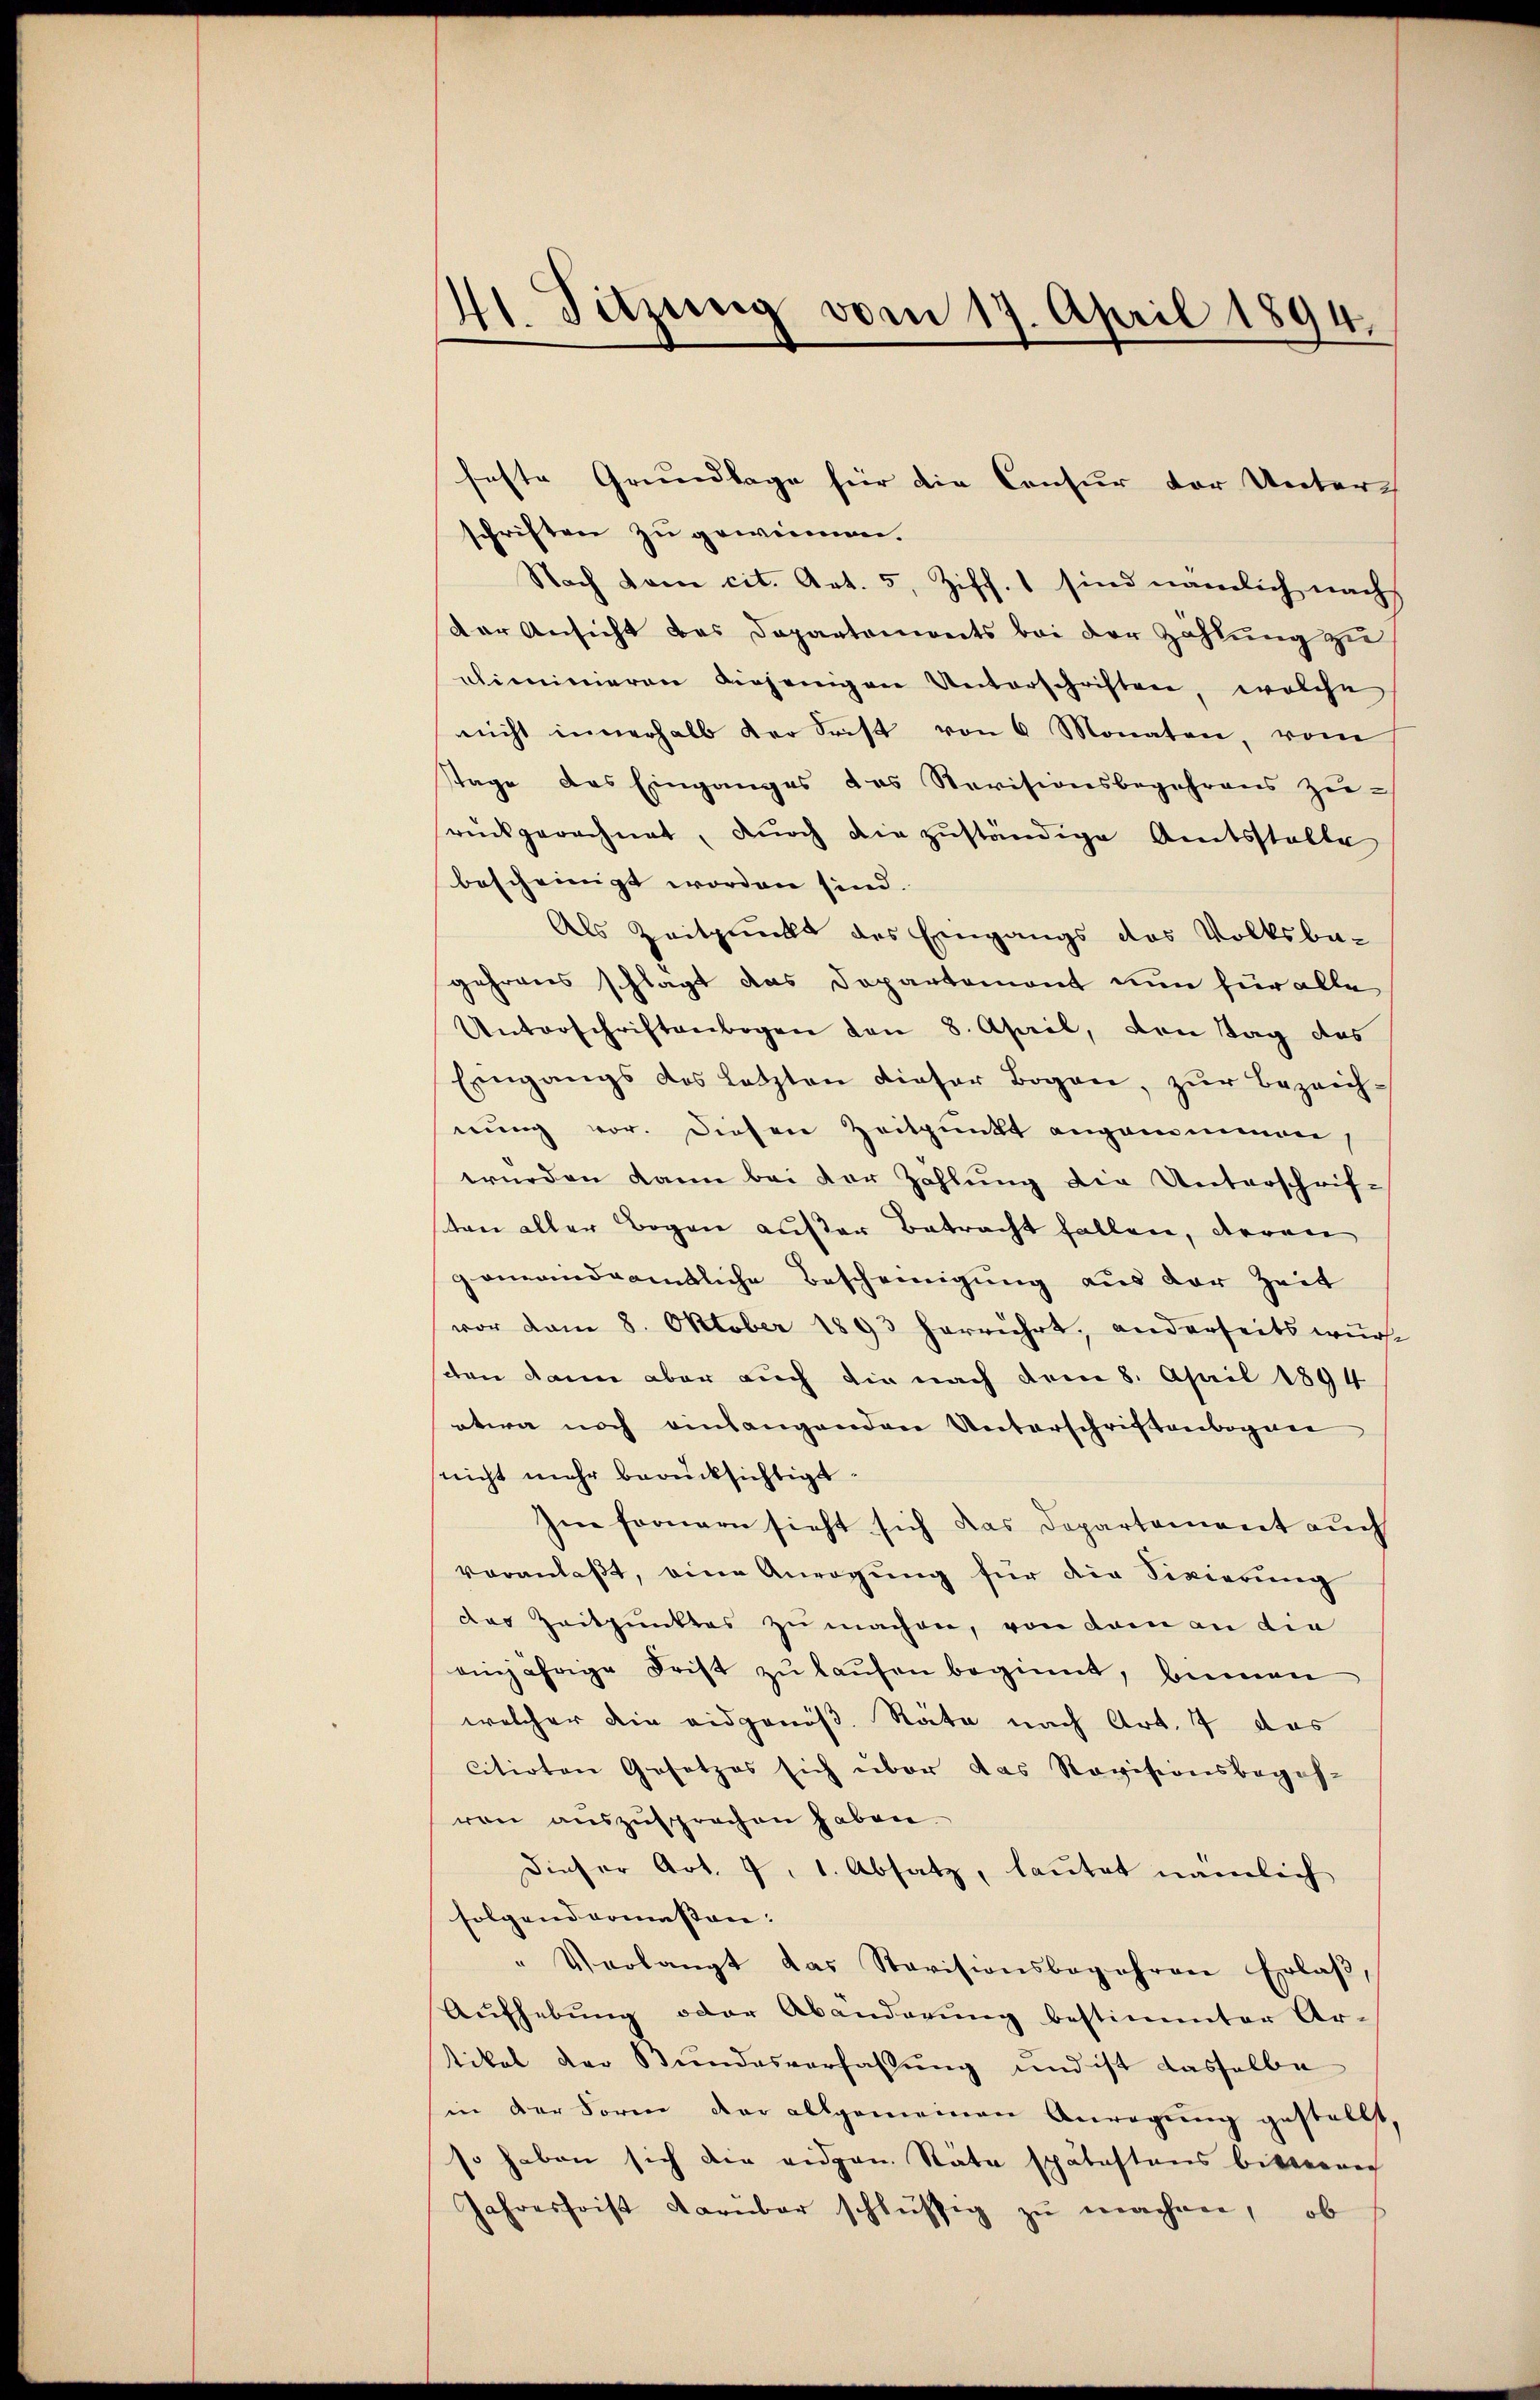
41. Sitzung vom 17. April 1894.

feste Grundlage für die Consur der Unters
schriften zu gewinnen.
Nach vom cit. Art. 5, Ziff. 1 sind nämlich nach
der Ansicht das Departonients bei der Zahlung zu
eliminieren diejenigen Unterschriften, welche
nicht innerhalb der Frist von 6 Monaten, vom
Tage das Einganges das Revisionsbegehrens zusrückgerechnet, durch die zuständige Amtsstalte
bescheinigt worden sind.
Als Zeitpunkt des Eingangs das Volksba-
gehrens schlagt das Departemont nun für alle
Unterschriftenbogen den 8. April, den Tag des
Eingangs des letzten dieser Bogen, zŭr Bezeich-
nung vor. Diesen Zeitpunkt angamminen,
würden kann bei der Zahlung die Unterschrif-
ten aller Bogen außer Betracht fallen, deren
gemandsamtliche Bescheinigung aus der Zeit
vor vom 8. Oktober 1893 herrührt, anderseits wurde
schen dann aber auch die nach dem 8. April 1894
etwa noch einlangenden Unterschriftenbogen
nicht mehr berücksichtigt
Im fernern sieht sich das Departement auch
veranlaβt, eine Anregŭng für die Sivierung
das Zeitpunktes zu machen, von dem an die
einjährige Frist zu laufen beginnt, beinen
welcher die eidgenöß. Räte nach Art. 7 das
citirten Gesetzes sich über das Revisionsbegeh-
von auszusprechen haben.
dieser Art. 7, 1. Absatz, lautet nämlich
folgendermassen:
" Verlangt das Stavisionsbegehren Erlaβ,
Aufhebung oder Abänderung bestimmter Ar-
tikel der Bundesverfassung und ist dasselbe
in der Form der allgemeinen Anregung gestellt
so haben sich die eidgen. Stäte spätestens bitterren
Jahresfrist darnbar schlüssig zŭ machen, ob